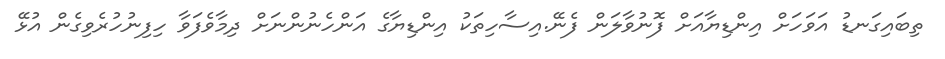
ތިބައިގަނޑު އަވަހަށް އިންޑިޔާއަށް ފޮނުވާލަން ފެނޭ.އިސާހިތަކު އިންޑިޔާގެ އަންހެނުންނަށް ދިމާވެފަވާ ހިފިނުހުރެވިގެން އުޅޭ